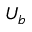
U _ { b }